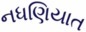
નધણિયાત